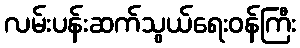
လမ်းပန်းဆက်သွယ်ရေးဝန်ကြီး